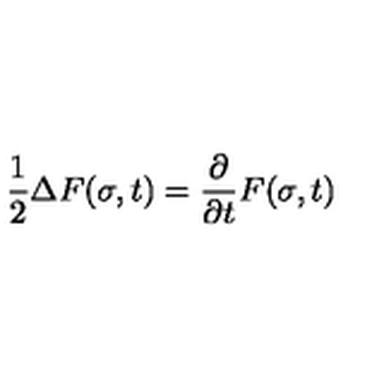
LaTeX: \frac { 1 } { 2 } \Delta F ( \sigma , t ) = \frac { \partial } { \partial t } F ( \sigma , t )